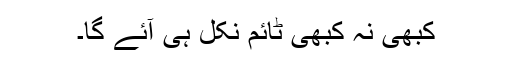
کبھی نہ کبھی ٹائم نکل ہی آئے گا۔